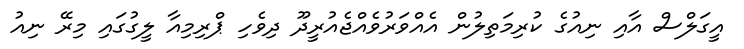
އީގަލްސް އާއި ނިއުގެ ކުރިމަތިލުން އެއްވަރުވެއްޖެއުރީދޫ ދިވެހި ޕްރިމިއާ ލީގުގައި މިރޭ ނިއު